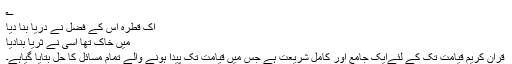
؎
اک قطرہ اُس کے فضل نے دریا بنا دیا
میں خاک تھا اُسی نے ثریا بنادیا
قرآن کریم قیامت تک کے لئےایک جامع اور کامل شریعت ہے جس میں قیامت تک پیدا ہونے والے تمام مسائل کا حل بتایا گیاہے۔